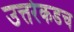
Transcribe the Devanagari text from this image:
उत्तरेकडच